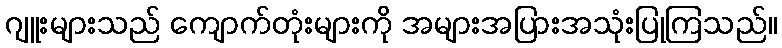
ဂျူးများသည် ကျောက်တုံးများကို အများအပြားအသုံးပြုကြသည်။